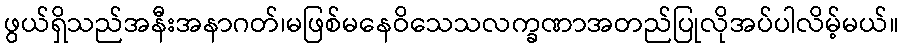
ဖွယ်ရှိသည်အနီးအနာဂတ်၊မဖြစ်မနေဝိသေသလက္ခဏာအတည်ပြုလိုအပ်ပါလိမ့်မယ်။